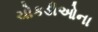
ચોકડીઓના